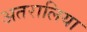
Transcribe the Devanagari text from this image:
अतरालिया